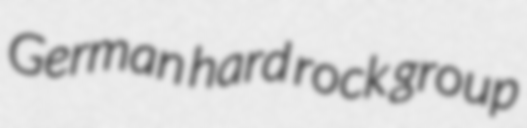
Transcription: German hard rock group